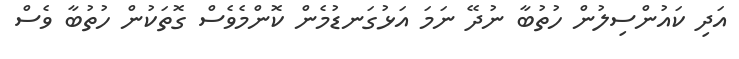
އަދި ކައުންސިލުން ހުތުބާ ނުދޭ ނަމަ އަޅުގަނޑުމެން ކޮންމެވެސް ގޮތަކުން ހުތުބާ ވެސް